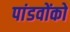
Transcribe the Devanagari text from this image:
पांडवोंको